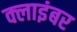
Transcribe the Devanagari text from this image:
क्लाइंबर